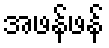
အဖန်ဖန်